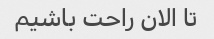
تا الان راحت باشیم